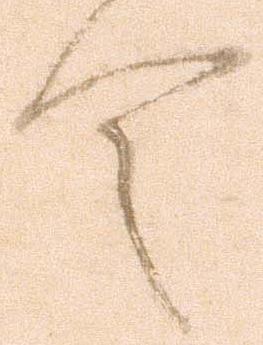
令